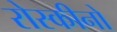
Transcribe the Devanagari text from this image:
रोस्कीनो